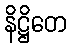
နိဋ္ဌိတေ